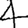
Digit: 4